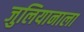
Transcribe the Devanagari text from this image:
जुलियानाला